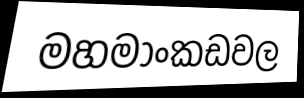
මහමාංකඩවල